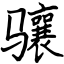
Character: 骧